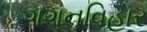
ગગનવિહાર